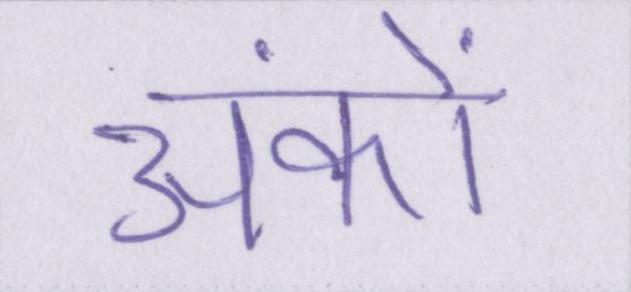
अंकों